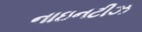
નાઇનટીઝ